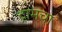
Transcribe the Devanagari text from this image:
ट्रामचा